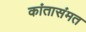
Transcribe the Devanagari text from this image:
कांतासंमत